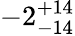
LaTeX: -2_{-14}^{+14}